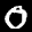
Label: 0